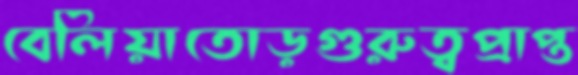
বেলিয়াতোড়গুরুত্বপ্রাপ্ত